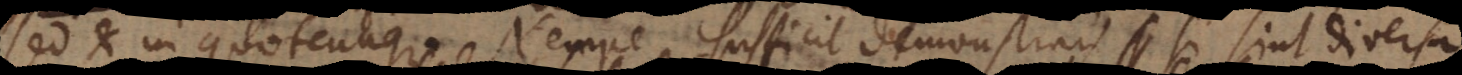
sed et in quotcunque. Nempe sufficit demonstrari si sint diversa